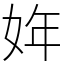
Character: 姩